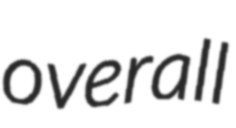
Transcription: overall